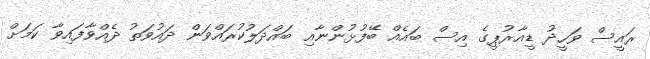
ރައީސް ވަހީދު ޑީއާރުޕީގެ އިސް ބައެއް ބޭފުޅުންނާއި ބައްދަލުކުރައްވަން ދައުވަތު ދެއްވާފައިވާ ކަމަށް